Lunatic asylums Burma 1907-21 - 1907-1921
Year: 1907
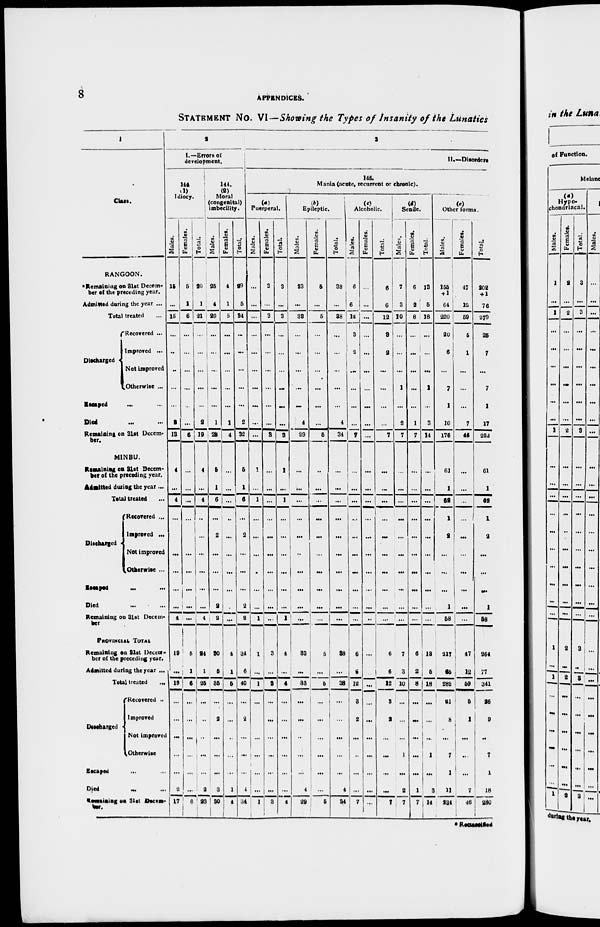
8
APPENDICES.
STATEMENT No. VI—Showing the Types of Insanity of the Lunatics
1
Class.
RANGOON.
*Remaining on 31st Decem-
ber of the preceding year.
Admitted during the year ...
Total treated ...
Discharged
Recovered ...
Improved ...
Not improved
Otherwise ...
Escaped ... ...
Died ... ...
Remaining on 31st Decem-
ber
MINBU.
Remaining on 31st Decem-
ber of the preceding year.
Admitted during the year ...
Total treated ...
Discharged
Recovered ...
Improved ...
Not improved
Otherwise ...
Escaped
...
...
Died ... ...
Remaining on 31st Decem-
ber
PROVINCIAL TOTAL
Remaining on 31st Decem¬
ber of the preceding year.
Admitted during the year ...
Total treated ...
Discharged
Recovered ...
Improved
Not improved
Otherwise
Escaped ... ...
Died ... ... ...
Remaining on 31st Decem¬
2
I.—Errors of
development.
144
Idiocy.
Males.
15
...
15
...
...
...
...
...
2
13
4
...
4
...
...
...
...
...
...
4
19
...
19
...
...
...
...
...
2
17
Females.
5
1
6
...
...
...
...
...
...
6
...
...
...
...
...
...
...
...
...
...
5
1
6
...
...
...
...
...
...
6
Total.
20
1
21
...
...
...
...
...
2
19
4
...
4
...
...
...
...
...
...
4
24
1
25
...
...
...
...
...
2
23
144.
(2)
Moral
(congenital)
imbecility.
Males.
25
4
99
...
...
...
...
...
1
28
5
1
6
...
2
...
...
...
2
2
30
5
35
...
2
...
...
...
3
30
Females.
4
1
5
...
...
...
...
...
1
4
...
...
...
...
...
...
...
...
...
...
4
1
5
...
...
...
...
...
1
4
Total.
29
5
34
...
...
...
...
...
2
32
5
1
6
...
2
...
...
...
2
2
34
6
40
...
2
...
...
...
4
34
3
II.—Disorders
146.
Mania (acute, recurrent or chronic).
Puerperal.
Males.
...
...
...
...
...
...
...
...
...
...
1
...
1
...
...
...
...
...
...
1
1
...
1
...
...
...
...
...
...
1
Females.
3
...
3
...
...
...
...
...
...
3
...
...
...
...
...
...
...
...
...
...
3
...
3
...
...
...
...
...
...
3
Total.
3
...
3
...
...
...
...
...
...
3
1
...
1
...
...
...
...
...
...
1
4
...
4
...
...
...
...
...
...
4
(b)
Epileptic.
Males.
33
...
33
...
...
...
...
...
4
29
...
...
...
...
...
...
...
...
...
...
33
...
33
...
...
...
...
...
4
29
Females.
5
...
5
...
...
...
...
...
...
5
...
...
...
...
...
...
...
...
...
...
5
...
5
...
...
...
...
...
...
5
Total.
38
...
38
...
...
...
...
...
4
34
...
...
...
...
...
...
...
...
...
...
33
...
38
...
...
...
...
...
4
34
(c)
Alcoholic.
Males.
6
6
12
3
2
...
...
...
...
7
...
...
...
...
...
...
...
...
...
...
6
6
12
3
2
...
...
...
...
7
Females.
...
...
...
...
...
...
...
...
...
...
...
...
...
...
...
...
...
...
...
...
...
...
...
...
...
...
...
...
...
...
Total.
6
6
12
3
2
...
...
...
...
7
...
...
...
...
...
...
...
...
...
...
6
6
12
3
2
...
...
...
...
7
(d)
Senile.
Males.
7
3
10
...
...
...
1
...
2
7
...
...
...
...
...
...
...
...
...
...
7
3
10
...
...
...
1
...
2
7
Females.
6
2
8
...
...
...
...
...
1
7
...
...
...
...
...
...
...
...
...
...
6
2
8
...
...
...
...
...
1
7
Total.
13
5
18
...
...
...
1
...
3
14
...
...
...
...
...
...
...
...
...
...
13
5
18
...
...
...
1
...
14
Other forms.
Males.
155
+ 1
64
220
20
6
...
7
1
10
176
61
1
62
1
2
...
...
...
1
58
217
65
282
21
8
...
7
1
3
234
Females.
47
12
59
5
1
...
...
...
7
45
...
...
...
...
...
...
...
...
...
...
47
12
59
5
1
...
...
...
7
46
Total.
202
+ 1
76
279
25
7
...
7
1
17
222
61
1
62
1
2
...
...
...
1
58
264
77
341
26
9
...
7
1
18
280
*Reclassified